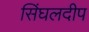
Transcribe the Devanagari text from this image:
सिंघलदीप